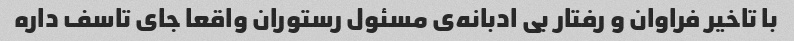
با تاخیر فراوان و رفتار بی ادبانه‌ی مسئول رستوران واقعا جای تاسف داره